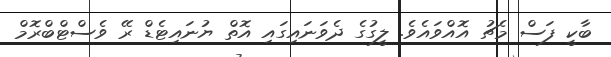
ބާކީ ފަސް މެޗު އޮއްވައެވެ. ލީގުގެ ދެވަނައިގައި އޮތް ޔުނައިޓެޑް ރޭ ވެސްޓްބްރޮމް